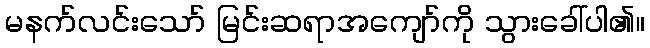
မနက်လင်းသော် မြင်းဆရာအကျော်ကို သွားခေါ်ပါ၏။